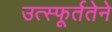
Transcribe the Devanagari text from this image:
उत्स्फूर्ततेने